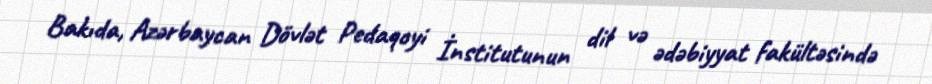
Bakıda, Azərbaycan Dövlət Pedaqoyi İnstitutunun dil və ədəbiyyat fakültəsində